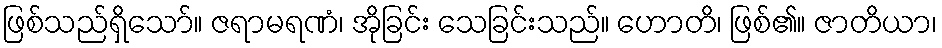
ဖြစ်သည်ရှိသော်။ ဇရာမရဏံ၊ အိုခြင်း သေခြင်းသည်။ ဟောတိ၊ ဖြစ်၏။ ဇာတိယာ၊